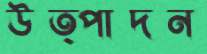
উত্পাদন